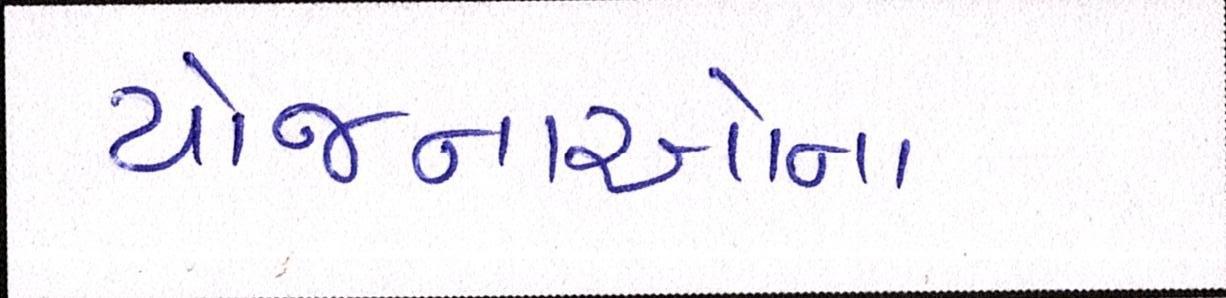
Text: યોજનાઓના